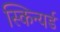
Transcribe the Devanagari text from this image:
स्किन्यर्ड